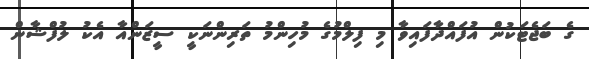
ގެ ބަޖެޓަކުން އުފައްދާފައިވާ މި ފިލްމުގެ މުހިންމު ތަރިންނަކީ ސީޒަންއާ އެކު ލުފްޝާން